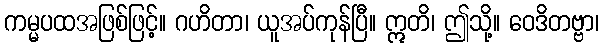
ကမ္မပထအဖြစ်ဖြင့်။ ဂဟိတာ၊ ယူအပ်ကုန်ပြီ။ ဣတိ၊ ဤသို့။ ဝေဒိတဗ္ဗာ၊